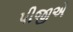
પીજીએ